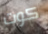
كوت